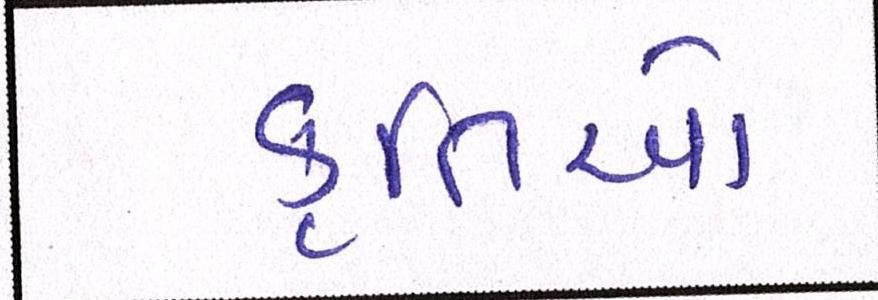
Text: કૃતિઓ